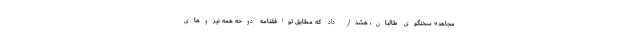
مجاهد» سخنگوی طالبان، هشدار داد که مطابق توافقنامه دوحه همه نیروهای